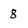
Character: 8